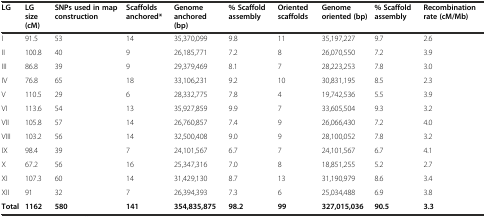
| LG | LG size(cM) | SNPs used in map construction | Scaffolds anchored* | Genome anchored (bp) | % Scaffold assembly | Oriented scaffolds | Genome oriented (bp) | % Scaffold assembly | Recombination rate (cM/Mb) |
 | --- | --- | --- | --- | --- | --- | --- | --- | --- | --- |
 | I | 91.5 | 53 | 14 | 35,370,099 | 9.8 | 11 | 35,197,227 | 9.7 | 2.6 |
 | II | 100.8 | 40 | 9 | 26,185,771 | 7.2 | 8 | 26,070,550 | 7.2 | 3.9 |
 | III | 86.8 | 39 | 9 | 29,379,469 | 8.1 | 7 | 28,223,253 | 7.8 | 3.0 |
 | IV | 76.8 | 65 | 18 | 33,106,231 | 9.2 | 10 | 30,831,195 | 8.5 | 2.3 |
 | V | 110.5 | 29 | 6 | 28,332,775 | 7.8 | 4 | 19,742,536 | 5.5 | 3.9 |
 | VI | 113.6 | 54 | 13 | 35,927,859 | 9.9 | 7 | 33,605,504 | 9.3 | 3.2 |
 | VII | 105.8 | 57 | 14 | 26,760,857 | 7.4 | 9 | 26,066,430 | 7.2 | 4.0 |
 | VIII | 103.2 | 56 | 14 | 32,500,408 | 9.0 | 9 | 28,100,052 | 7.8 | 3.2 |
 | IX | 98.4 | 39 | 7 | 24,101,567 | 6.7 | 7 | 24,101,567 | 6.7 | 4.1 |
 | X | 67.2 | 56 | 16 | 25,347,316 | 7.0 | 8 | 18,851,255 | 5.2 | 2.7 |
 | XI | 107.3 | 60 | 14 | 31,429,130 | 8.7 | 13 | 31,190,979 | 8.6 | 3.4 |
 | XII | 91 | 32 | 7 | 26,394,393 | 7.3 | 6 | 25,034,488 | 6.9 | 3.8 |
 | Total | 1162 | 580 | 141 | 354,835,875 | 98.2 | 99 | 327,015,036 | 90.5 | 3.3 |